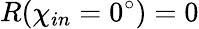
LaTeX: R(\chi_{in}=0^{\circ})=0